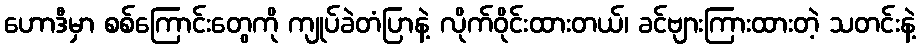
ဟောဒီမှာ စစ်ကြောင်းတွေကို ကျုပ်ခဲတံပြာနဲ့ လိုက်ဝိုင်းထားတယ်၊ ခင်ဗျားကြားထားတဲ့ သတင်းနဲ့